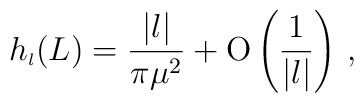
h_{\scriptscriptstyle{l}}(L)=\frac{|l|}{\pi \mu^2} + \mbox{O} \left( \frac{1}{|l|}\right)\,,